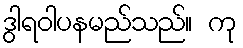
ဒွါရဝါပနမည်သည်။ ကု